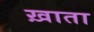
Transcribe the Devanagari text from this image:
ख़ाता